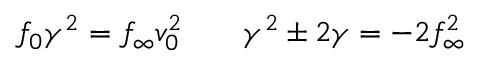
f _ { 0 } \gamma ^ { 2 } = f _ { \infty } v _ { 0 } ^ { 2 } \; \; \; \; \; \; \; \gamma ^ { 2 } \pm 2 \gamma = - 2 f _ { \infty } ^ { 2 }